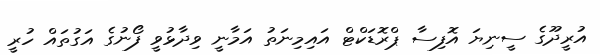
އުރީދޫގެ ސީނިޔަ އޮފިސާ ޕްރޮޑަކްޓް އައިމިނަތު އަމާނީ ވިދާޅުވީ ފޯނުގެ އަގުތައް ހުރީ